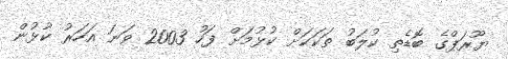
ޔޫރަޕްގެ ބޮޑެތި ކުލަބު ތަކަކަށް ކުޅުމަށް ފަހު 2003 ވަނަ އަހަރު ކުޅުން